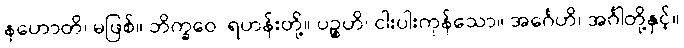
နဟောတိ၊ မဖြစ်။ ဘိက္ခဝေ၊ ရဟန်းတို့။ ပဉ္စဟိ၊ ငါးပါးကုန်သော။ အင်္ဂေဟိ၊ အင်္ဂါတို့နှင့်။